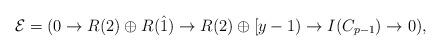
LaTeX: \begin{align*}\mathcal{E}=(0\rightarrow R(2)\oplus R(\hat{1}) \rightarrow R(2)\oplus [y-1) \rightarrow I(C_{p-1})\rightarrow 0),\end{align*}